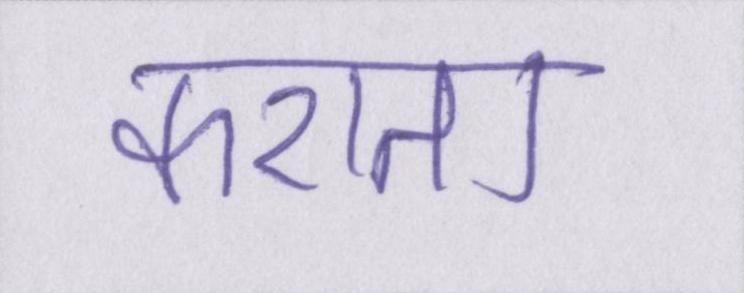
कराता